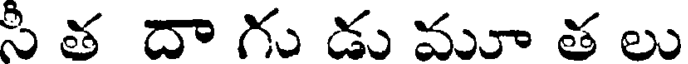
సీ త దా గు డు మూ త లు